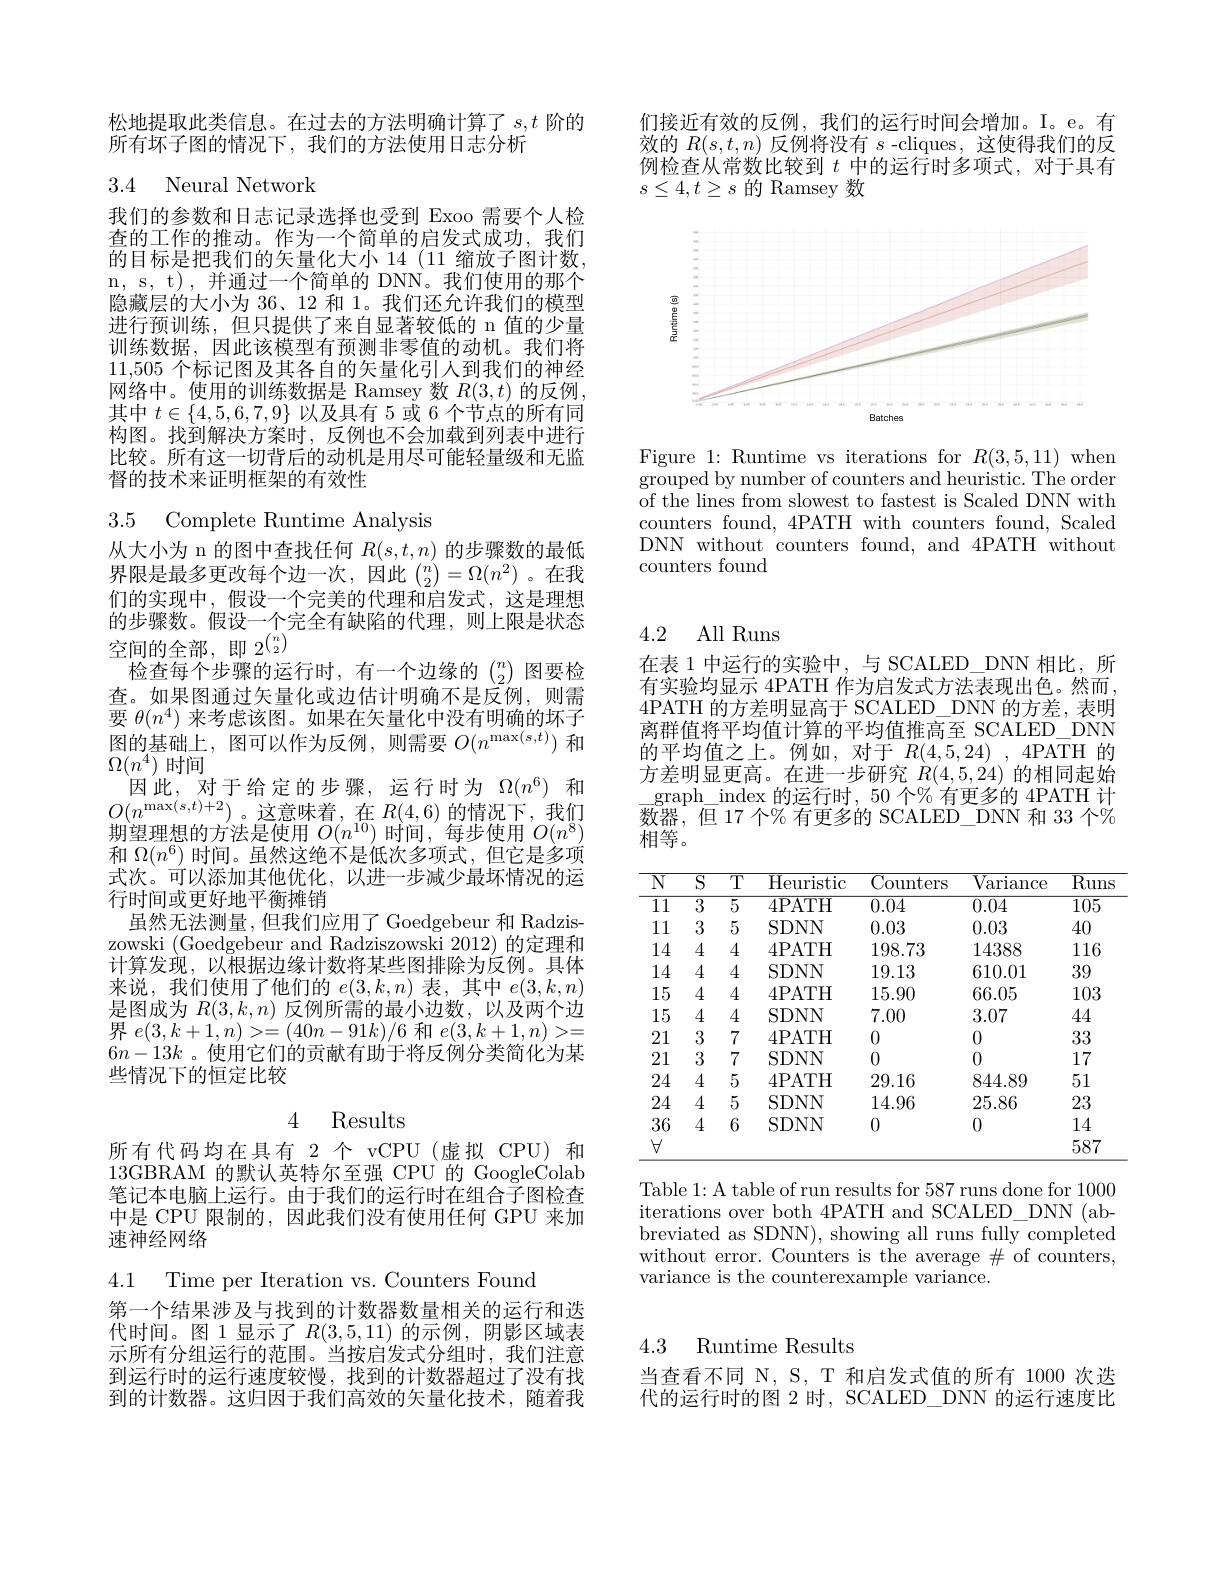
们接近有效的反例，我们的运行时间会增加。I。e。有效的$R(s,t,n)$反例将没有$s$ -cliques,这使得我们的反例检查从常数比较到$t$中的运行时多项式，对于具有$s\leq4,t\geq s$的 Ramsey 数

<FigureHere>

Figure 1: Runtime vs iterations for $R(3,5,11)$ when $\bar{\text{grouped by number of counters and heuristic. The order}}$ of the lines from slowest to fastest is Scaled DNN with counters found, 4PATH with counters found, Scaled DNN without counters found, and 4PATH without counters found

松地提取此类信息。在过去的方法明确计算了$s,t$阶的
所有坏子图的情况下，我们的方法使用日志分析

## 3.4 Neural Network

我们的参数和日志记录选择也受到 Exoo 需要个人检查的工作的推动。作为一个简单的启发式成功，我们的目标是把我们的矢量化大小 14 (11 缩放子图计数， n, s, t), 并通过一个简单的 DNN。我们使用的那个隐藏层的大小为 36、12 和 1。我们还允许我们的模型进行预训练，但只提供了来自显著较低的 n 值的少量训练数据，因此该模型有预测非零值的动机。我们将11,505个标记图及其各自的矢量化引人到我们的神经网络中。使用的训练数据是 Ramsey 数$R(3,t)$的反例其中$t\in\{4,5,6,7,9\}$以及具有 5 或 6 个节点的所有同构图。找到解决方案时，反例也不会加载到列表中进行比较。所有这一切背后的动机是用尽可能轻量级和无监督的技术来证明框架的有效性

3.5 Complete Runtime Analysis

从大小为 n 的图中查找任何$R(s,t,n)$的步骤数的最低界限是最多更改每个边一次，因此$\binom n2=\Omega(n^2)$ 。在我们的实现中，假设一个完美的代理和启发式，这是理想的步骤数。假设一个完全有缺陷的代理，则上限是状态空间的全部，即$2^{\binom n2}$
检查每个步骤的运行时，有一个边缘的$\binom n2$图要检查。如果图通过矢量化或边估计明确不是反例，则需要$\theta(n^4)$来考虑该图。如果在矢量化中没有明确的坏子图的基础上，图可以作为反例，则需要$O(n^\max(s,t))$和$\Omega(\underline{n}^{4})$时间
因此，对于给定的步骤，运行时为$\Omega(n^6)$和$O(n^{\max(s,t)+2})$。这意味着，在$R(4,6)$的情况下，我们期望理想的方法是使用$O(n^{10})$时间，每步使用$O(n^8)$ 和$\Omega(n^6)$时间。虽然这绝不是低次多项式，但它是多项式次。可以添加其他优化，以进一步减少最坏情况的运行时间或更好地平衡摊销
虽然无法测量，但我们应用了 Goedgebeur 和 Radziszowski (Goedgebeur and Radziszowski 2012)的定理和计算发现，以根据边缘计数将某些图排除为反例。具体来说，我们使用了他们的$e(3,k,n)$表，其中$e(3,k,n)$ 是图成为$R(3,k,n)$反例所需的最小边数，以及两个边界$e(3,k+1,n)>=(40n-91k)/6$和$e(3,k+1,n)>=$ $6n-13k$ 。使用它们的贡献有助于将反例分类简化为某些情况下的恒定比较

### 4 Results

所有代码均在具有 2 个 vCPU (虚拟 CPU) 和13GBRAM 的默认英特尔至强 CPU 的 GoogleColab 笔记本电脑上运行。由于我们的运行时在组合子图检查中是 CPU 限制的，因此我们没有使用任何 GPU 来加速神经网络

4.1 Time per Iteration vs. Counters Found

第一个结果涉及与找到的计数器数量相关的运行和迭代时间。图 1 显示了$R(3,5,11)$的示例，阴影区域表示所有分组运行的范围。当按启发式分组时，我们注意到运行时的运行速度较慢，找到的计数器超过了没有找到的计数器。这归因于我们高效的矢量化技术，随着我

## 4.2 All Runs

在表 1 中运行的实验中，与 SCALED\_DNN 相比，所有实验均显示 4PATH 作为启发式方法表现出色。然而， 4PATH 的方差明显高于 SCALED\_DNN 的方差，表明离群值将平均值计算的平均值推高至 SCALED\_DNN 的平均值之上。例如，对于$R( 4, 5, 24)$ , 4PATH 的方差明显更高。在进一步研究$R(4,5,24)$的相同起始graph$\_$index 的运行时，50个%有更多的 4PATH 计数器，但 17 个% 有更多的 SCALED\_DNN 和 33 个% 相等。

<table>
	<tbody>
		<tr>
			<th>$\overline{\mathbb{N}}$</th>
			<th>$\overline{\mathrm{S}}$</th>
			<th>$\overline{\mathrm{T}}$</th>
			<th>$\overline{{\mathrm{Heuristic}}}$</th>
			<th>Counters</th>
			<th>$\overline{{\mathrm{Variance}}}$</th>
			<th>$\overline{\mathrm{Runs}}$</th>
		</tr>
		<tr>
			<td>$\overline{11}$</td>
			<td>$\overline{3}$</td>
			<td>$\overline{5}$</td>
			<td>4PATH</td>
			<td>0.04</td>
			<td>0.04</td>
			<td>$\overline{105}$</td>
		</tr>
		<tr>
			<td>11</td>
			<td>3</td>
			<td>5</td>
			<td>SDNN</td>
			<td>0.03</td>
			<td>0.03</td>
			<td>40</td>
		</tr>
		<tr>
			<td>14</td>
			<td>4</td>
			<td>4</td>
			<td>4PATH</td>
			<td>198.73</td>
			<td>14388</td>
			<td>116</td>
		</tr>
		<tr>
			<td>14</td>
			<td>4</td>
			<td>4</td>
			<td>SDNN</td>
			<td>19.13</td>
			<td>610.01</td>
			<td>39</td>
		</tr>
		<tr>
			<td>15</td>
			<td>4</td>
			<td>4</td>
			<td>4PATH</td>
			<td>15.90</td>
			<td>66.05</td>
			<td>103</td>
		</tr>
		<tr>
			<td>15</td>
			<td>4</td>
			<td>4</td>
			<td>SDNN</td>
			<td>7.00</td>
			<td>3.07</td>
			<td>444</td>
		</tr>
		<tr>
			<td>21</td>
			<td>3</td>
			<td>7</td>
			<td>4PATH</td>
			<td>0</td>
			<td>0</td>
			<td>33</td>
		</tr>
		<tr>
			<td>21</td>
			<td>3</td>
			<td>7</td>
			<td>SDNN</td>
			<td>0</td>
			<td>0</td>
			<td>17</td>
		</tr>
		<tr>
			<td>24</td>
			<td>4</td>
			<td>5</td>
			<td>4PATH</td>
			<td>29.16</td>
			<td>844.89</td>
			<td>51</td>
		</tr>
		<tr>
			<td>24</td>
			<td>4</td>
			<td>5</td>
			<td>SDNN</td>
			<td>14.96</td>
			<td>25.86</td>
			<td>23</td>
		</tr>
		<tr>
			<td>36</td>
			<td>4</td>
			<td>6</td>
			<td>SDNN</td>
			<td>0</td>
			<td>0</td>
			<td>14</td>
		</tr>
		<tr>
			<td>$\forall$</td>
			<td> </td>
			<td> </td>
			<td> </td>
			<td> </td>
			<td> </td>
			<td>587</td>
		</tr>
	</tbody>
</table>

Table 1: A table of run results for 587 runs done for 1000 iterations over both 4PATH and SCALED\_DNN (abbreviated as SDNN), showing all runs fully completed without error. Counters is the average $\#$ of counters, variance is the counterexample variance.

4.3 Runtime Results

当查看不同 N, S, T 和启发式值的所有 1000 次迭代的运行时的图 2 时，SCALED\_DNN 的运行速度比